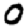
Digit: 0